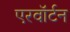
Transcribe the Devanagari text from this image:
एरवॉर्टन